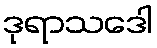
ဒုရာသဒေါ